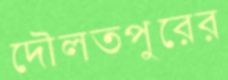
দৌলতপুরের